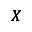
\pmb { X }